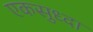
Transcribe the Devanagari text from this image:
एकसुध्दा